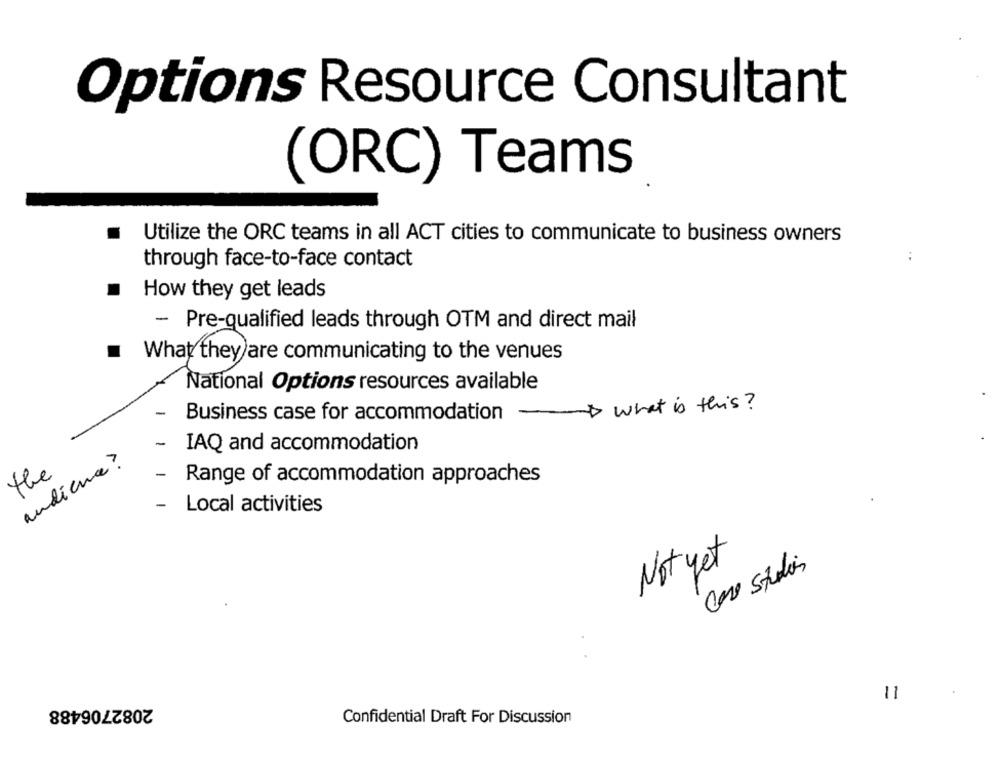
Options Resource Consultant
(ORC) Teams
Utilize the ORC teams in all ACT cities to communicate to business owners
:
through face-to-face contact
How they get leads
- Pre-qualified leads through OTM and direct mail
.
What they are communicating to the venues
National Options resources available
-
what is this ?
Business case for accommodation
-
-
IAQ and accommodation
audience?
the
-
Range of accommodation approaches
-
Local activities
Not yet
11
2082706488
Confidential Draft For Discussion